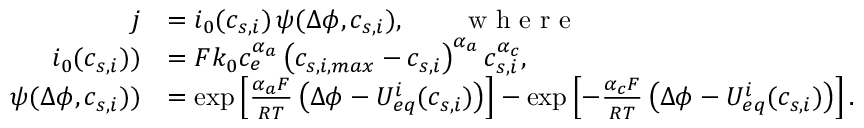
\begin{array} { r l } { j } & { = i _ { 0 } ( c _ { s , i } ) \, \psi ( \Delta \phi , c _ { s , i } ) , \qquad \textrm { w h e r e } } \\ { i _ { 0 } ( c _ { s , i } ) ) } & { = F k _ { 0 } c _ { e } ^ { \alpha _ { a } } \left( c _ { s , i , m a x } - c _ { s , i } \right) ^ { \alpha _ { a } } c _ { s , i } ^ { \alpha _ { c } } , } \\ { \psi ( \Delta \phi , c _ { s , i } ) ) } & { = \exp \left[ \frac { \alpha _ { a } F } { R T } \left( \Delta \phi - { U _ { e q } ^ { i } } ( c _ { s , i } ) \right) \right] - \exp \left[ - \frac { \alpha _ { c } F } { R T } \left( \Delta \phi - { U _ { e q } ^ { i } } ( c _ { s , i } ) \right) \right] . } \end{array}